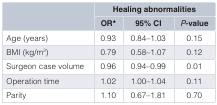
<table><thead><tr><td rowspan="2"></td><td colspan="3"><b>Healing abnormalities</b></td></tr><tr><td><b>OR*</b></td><td><b>95% CI</b></td><td><b><i>P</i>-value</b></td></tr></thead><tbody><tr><td>Age (years)</td><td>0.93</td><td>0.84–1.03</td><td>0.15</td></tr><tr><td>BMI (kg/m<sup>2</sup>)</td><td>0.79</td><td>0.58–1.07</td><td>0.12</td></tr><tr><td>Surgeon case volume</td><td>0.96</td><td>0.94–0.99</td><td>0.01</td></tr><tr><td>Operation time</td><td>1.02</td><td>1.00–1.04</td><td>0.11</td></tr><tr><td>Parity</td><td>1.10</td><td>0.67–1.81</td><td>0.70</td></tr></tbody></table>